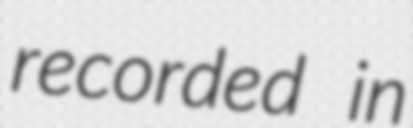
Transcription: recorded in